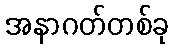
အနာဂတ်တစ်ခု